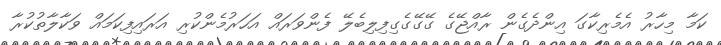
ކަމާ މިހާރު އެމެރިކާގަ އިންދެގެން ރާއްޖޭގެ ގޭގޭގެގިފިލިބެލޭ ފެންވަރައް އަހަރުމެންކުރި އަރައިފިކަމައް ވަކާލާތުކުރާ